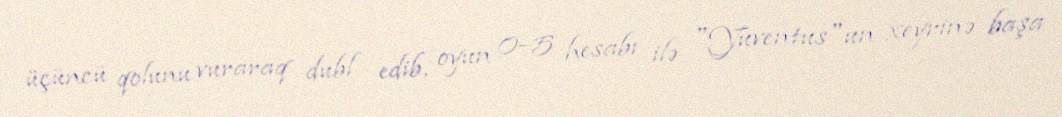
üçüncü qolunu vuraraq dubl edib, oyun 0–5 hesabı ilə "Yuventus"un xeyrinə başa